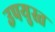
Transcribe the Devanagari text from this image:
उपयुस्त